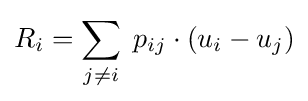
R_{i}=\sum _{j\neq i}\;p_{ij}\cdot (u_{i}-u_{j})